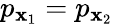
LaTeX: p_{\mathbf{x}_{1}}=p_{\mathbf{x}_{2}}